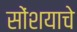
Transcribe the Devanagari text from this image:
सोंशयाचे